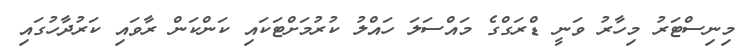
މިނިސްޓަރު މިހާރު ވަނީ ޑްރަގްގެ މައްސަލަ ހައްލު ކުރުމަށްޓަކައި ކަންކަން ރާވައި ކަރުދާހުގައި